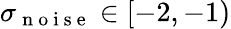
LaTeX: \sigma_{\mathrm{~n~o~i~s~e~}}\in[-2,-1)